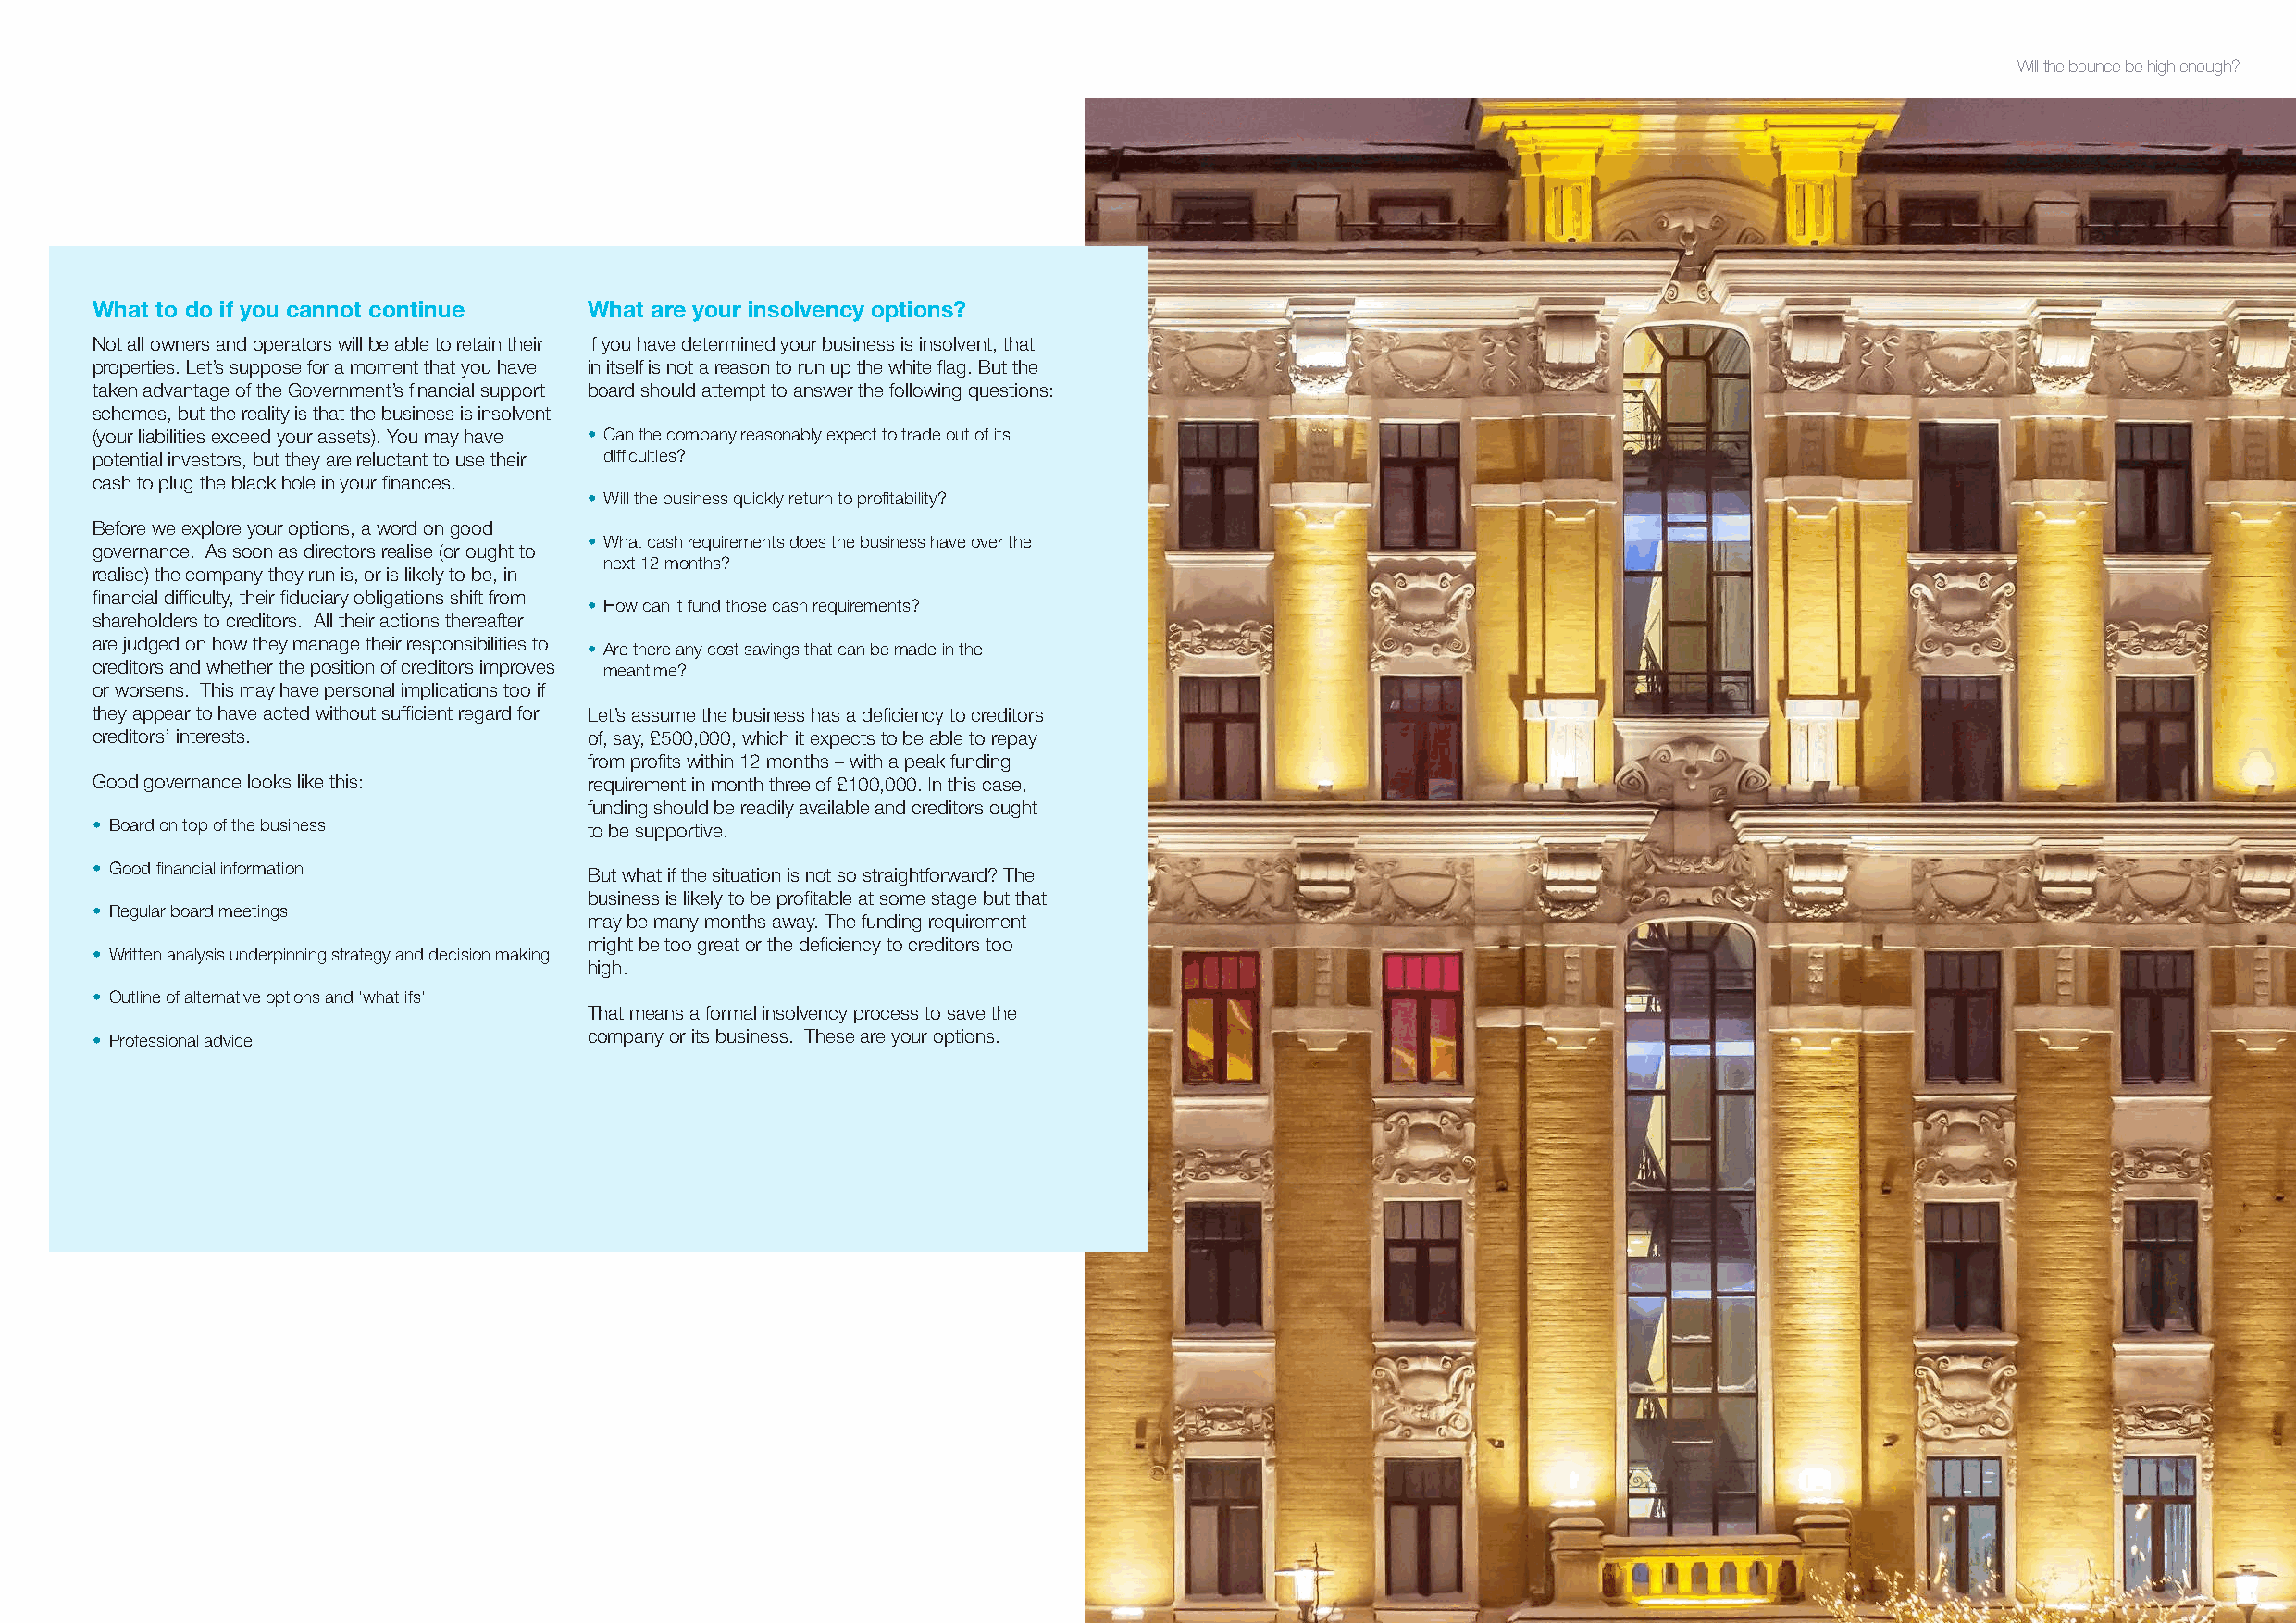
Will the bounce be high enough?
 What to do if you cannot continue  What are your insolvency options?
 Not all owners and operators will be able to retain their If you have determined your business is insolvent, that
 properties. Let’s suppose for a moment that you have in itself is not a reason to run up the white flag. But the
 taken advantage of the Government’s financial support board should attempt to answer the following questions:
 schemes, but the reality is that the business is insolvent
 (your liabilities exceed your assets). You may have • Can the company reasonably expect to trade out of its
 potential investors, but they are reluctant to use their difficulties?
 cash to plug the black hole in your finances.
 • Will the business quickly return to profitability?
 Before we explore your options, a word on good
 • What cash requirements does the business have over the
 governance. As soon as directors realise (or ought to
 next 12 months?
 realise) the company they run is, or is likely to be, in
 financial difficulty, their fiduciary obligations shift from
 • How can it fund those cash requirements?
 shareholders to creditors. All their actions thereafter
 are judged on how they manage their responsibilities to
 • Are there any cost savings that can be made in the
 creditors and whether the position of creditors improves meantime?
 or worsens. This may have personal implications too if
 they appear to have acted without sufficient regard for Let’s assume the business has a deficiency to creditors
 creditors’ interests.              of, say, £500,000, which it expects to be able to repay
 from profits within 12 months – with a peak funding
 Good governance looks like this:   requirement in month three of £100,000. In this case,
 funding should be readily available and creditors ought
 • Board on top of the business     to be supportive.
 • Good financial information
 But what if the situation is not so straightforward? The
 business is likely to be profitable at some stage but that
 • Regular board meetings
 may be many months away. The funding requirement
 might be too great or the deficiency to creditors too
 • Written analysis underpinning strategy and decision making
 high.
 • Outline of alternative options and ‘what ifs’
 That means a formal insolvency process to save the
 • Professional advice              company or its business. These are your options.